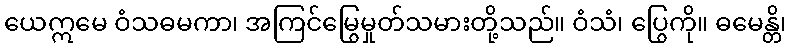
ယေဣမေ ဝံသဓမကာ၊ အကြင်မြွေမှုတ်သမားတို့သည်။ ဝံသံ၊ ပြွေကို။ ဓမေန္တိ၊